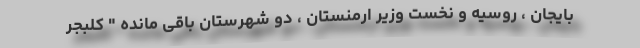
بایجان ، روسیه و نخست وزیر ارمنستان ، دو شهرستان باقی مانده " کلبجر